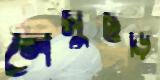
লেমুছড়ি